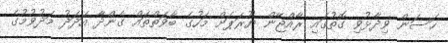
ހަސަން ވިދާޅުވި ގޮތުގައި ރާއްޖޭން ޔޫރަޕަށް މަހުގެ ބާވަތްތައް ގެންދާ އަދަދު މަދުވުމުގެ